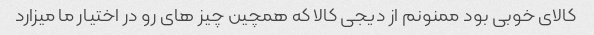
کالای خوبی بود ممنونم از دیجی کالا که همچین چیز های رو در اختیار ما میزارد